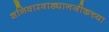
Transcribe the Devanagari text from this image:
शनिवारवाड्यानजीकच्या